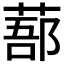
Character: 𦷽